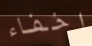
اخفاء